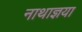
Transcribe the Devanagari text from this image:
नाथाज्ञया